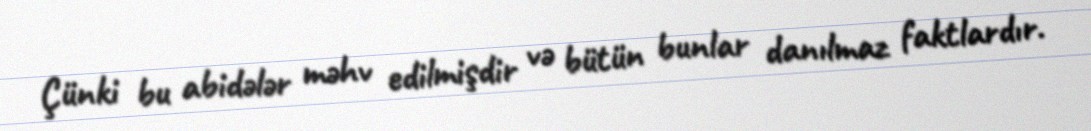
Çünki bu abidələr məhv edilmişdir və bütün bunlar danılmaz faktlardır.